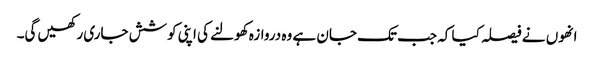
انھوں نے فیصلہ کیا کہ جب تک جان ہے وہ دروازہ کھولنے کی اپنی کوشش جاری رکھیں گی۔